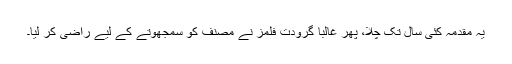
یہ مقدمہ کئی سال تک چلا، پھر غالبا گرودت فلمز نے مصنف کو سمجھوتے کے لیے راضی کر لیا۔